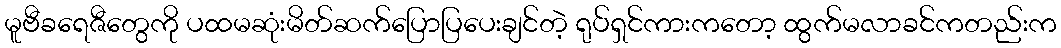
မူဗီခရေဇီတွေကို ပထမဆုံးမိတ်ဆက်ပြောပြပေးချင်တဲ့ ရုပ်ရှင်ကားကတော့ ထွက်မလာခင်ကတည်းက